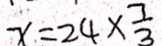
x = 2 4 \times \frac { 7 } { 3 }